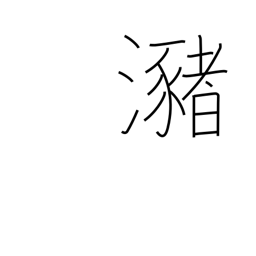
Meaning: pool